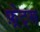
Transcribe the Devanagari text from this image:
फ़्रेट्स